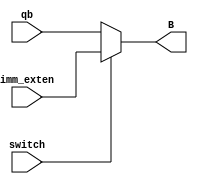
`timescale 1ns / 1ps
//////////////////////////////////////////////////////////////////////////////////
// Company: Penn State Univeristy 
// 
// Design Name: 
// Module Name: ALU_B_Mux
// 
//////////////////////////////////////////////////////////////////////////////////

module ALU_B_Mux(
    input switch,
    input [31:0] qb,
    input [31:0] imm_exten,
    output reg [31:0] B
    );
    
    always @(*)
            if(switch == 1'b1)
                B = imm_exten;
            else
                B = qb;
    
endmodule